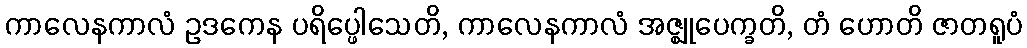
ကာလေနကာလံ ဥဒကေန ပရိပ္ဖေါသေတိ, ကာလေနကာလံ အဇ္ဈုပေက္ခတိ, တံ ဟောတိ ဇာတရူပံ